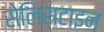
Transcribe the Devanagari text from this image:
सेलिसटाइन